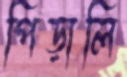
পিড়ালি